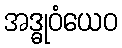
အဒ္ဓုဝံယေဝ